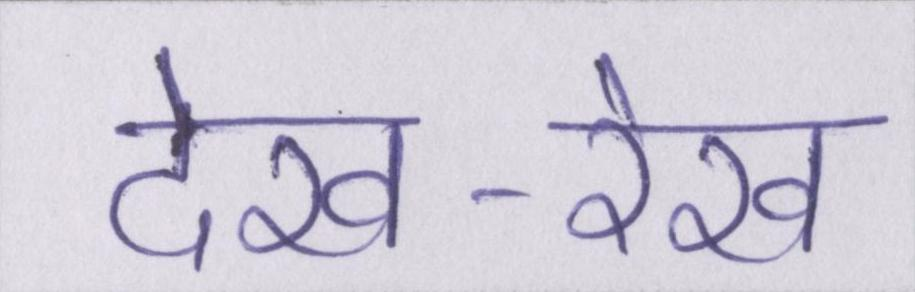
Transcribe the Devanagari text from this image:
देख-रेख